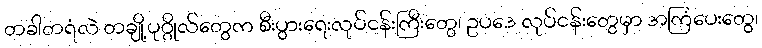
တခါတရံလဲ တချို့ပုဂ္ဂိုလ်တွေက စီးပွားရေးလုပ်ငန်းကြီးတွေ၊ ဥပဒေ လုပ်ငန်းတွေမှာ အကြံပေးတွေ၊